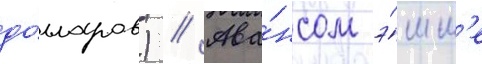
до́лларов) // Ава́нсом э́мм'е